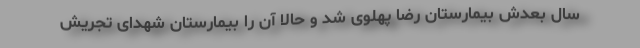
سال بعدش بیمارستان رضا پهلوی شد و حالا آن را بیمارستان شهدای تجریش